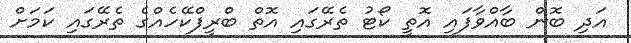
އަދި ބޮން ބާއްވާފައި އޮތީ ކޯޓު ތެރޭގައި އޮތް ބްރީފްކޭހެއްގެ ތެރޭގައި ކަމަށް